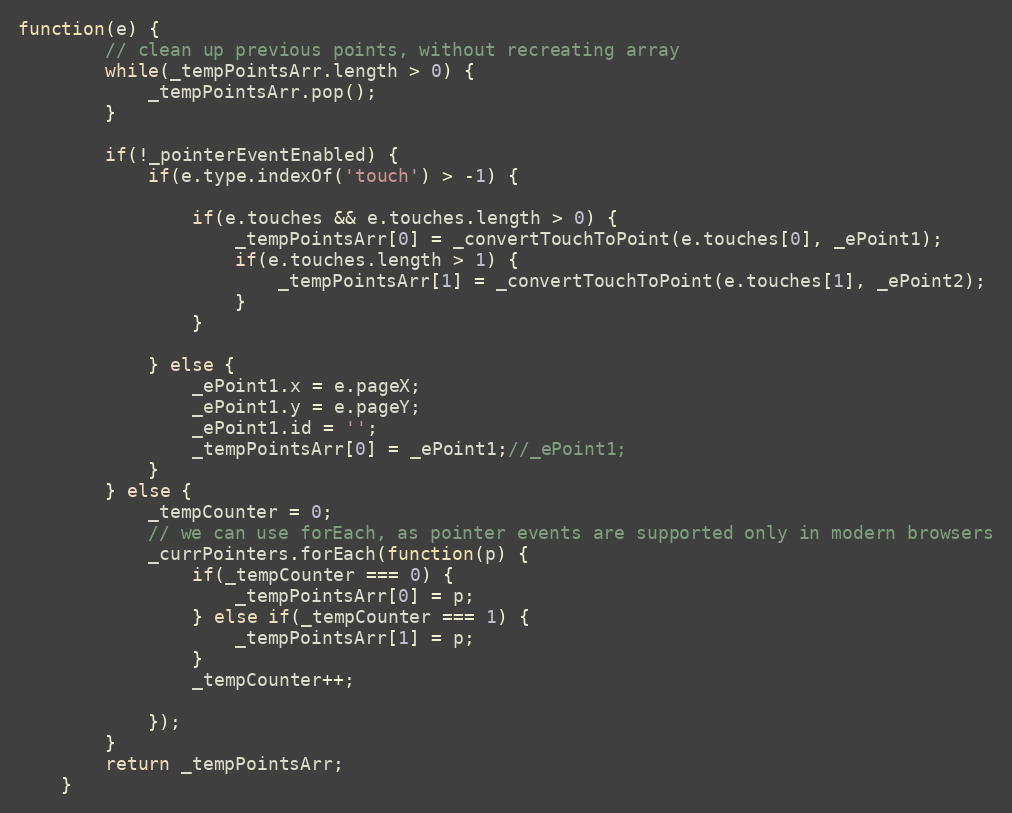
Language: JavaScript
function(e) {
		// clean up previous points, without recreating array
		while(_tempPointsArr.length > 0) {
			_tempPointsArr.pop();
		}

		if(!_pointerEventEnabled) {
			if(e.type.indexOf('touch') > -1) {

				if(e.touches && e.touches.length > 0) {
					_tempPointsArr[0] = _convertTouchToPoint(e.touches[0], _ePoint1);
					if(e.touches.length > 1) {
						_tempPointsArr[1] = _convertTouchToPoint(e.touches[1], _ePoint2);
					}
				}

			} else {
				_ePoint1.x = e.pageX;
				_ePoint1.y = e.pageY;
				_ePoint1.id = '';
				_tempPointsArr[0] = _ePoint1;//_ePoint1;
			}
		} else {
			_tempCounter = 0;
			// we can use forEach, as pointer events are supported only in modern browsers
			_currPointers.forEach(function(p) {
				if(_tempCounter === 0) {
					_tempPointsArr[0] = p;
				} else if(_tempCounter === 1) {
					_tempPointsArr[1] = p;
				}
				_tempCounter++;

			});
		}
		return _tempPointsArr;
	}